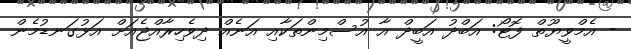
- އެމްވީޔޫތް ފޮޓޯ: އަބްދު އަބީދް އާ އުސްމިންތަކާއި އަނެއް ދިވެހިރާއްޖެއަށް އަޅުގަނޑުމެން